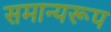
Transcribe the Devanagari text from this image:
समान्यरूप